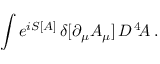
\int e ^ { i S [ A ] } \, \delta [ \partial _ { \mu } A _ { \mu } ] \, { \cal D } ^ { \, 4 } \! A \, .